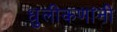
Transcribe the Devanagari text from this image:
धुलीकणांनी